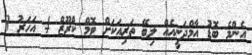
އެންމެ ބޮޑު އާމްދަނީއެއް ލިބޭ ތަރިއަކަށް ޓޮމް ކްރޫޒް 4 އަހަރު 3